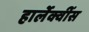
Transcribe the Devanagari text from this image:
हार्लेक्वींस